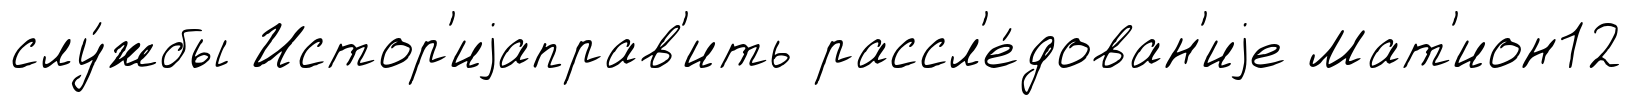
слу́жбы Истор'иjаправ'ить рассл'е́дован'иjе Мат'ион12